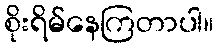
စိုးရိမ်နေကြတာပါ။